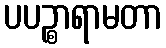
ပပဉ္စာရာမတာ